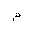
Letter: _mim